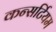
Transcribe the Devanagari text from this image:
कन्सर्टियम